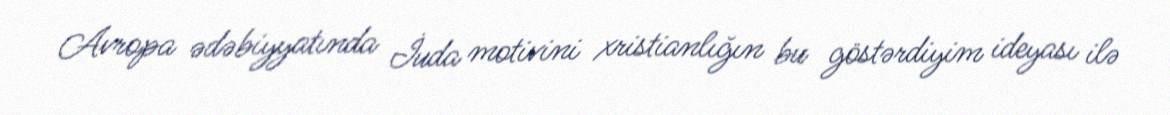
Avropa ədəbiyyatında İuda motivini xristianlığın bu göstərdiyim ideyası ilə